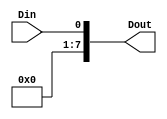
module Extend(
input Din,
output [7:0] Dout
    );

assign Dout = {7'b0000000,Din};

endmodule